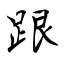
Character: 跟